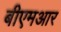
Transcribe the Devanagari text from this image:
बीएमआर